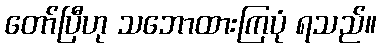
တော်ပြီဟု သဘောထားကြပုံ ရသည်။